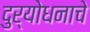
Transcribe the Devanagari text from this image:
दुर्योधनाचे